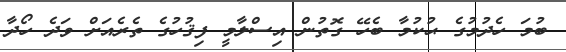
ބުމަ ހެދުމުގެ ޙުކުމާ ބެހޭ ގޮތުން އިސްލާމީ ފިޤުހުގެ ތެރެއަށް ވަދެ ހޯދާ